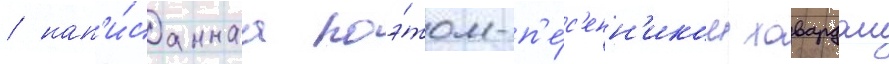
/ нап'и́саннаа поэ́том-п'е́с'енн'иком ховардом